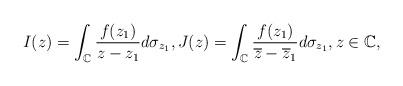
LaTeX: \begin{align*} I(z)=\int_\mathbb C\frac{f(z_1)}{z-z_1}d\sigma_{z_1}, J(z)=\int_\mathbb C\frac{f(z_1)}{\overline{z}-\overline{z}_1}d\sigma_{z_1}, z\in\mathbb C, \end{align*}